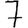
Digit: 7